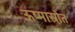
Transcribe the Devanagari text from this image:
ऊष्मास्रोत